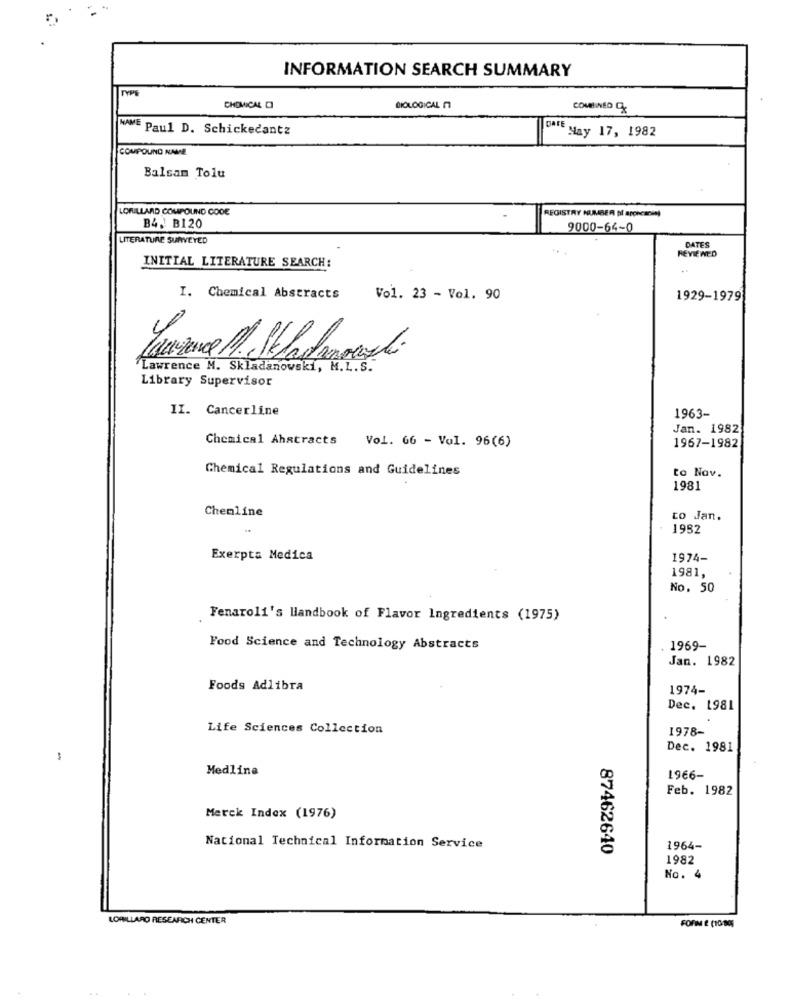
INFORMATION SEARCH SUMMARY
TYPE
CHOMICAL D
BIOLOGICAL 17
COMBINED
NAME Paul D. Schickecantz
DATE May 17, 1982
COMPOUND NAME
Balsam Tolu
LORILLARD COMPOUND CODE
REGISTRY NUMBER DI appicanin)
B4. B120
9000-64-0
LITERATURE SURVEYED
DATES
REVIEWED
INITIAL LITERATURE SEARCH:
I. Chemical Abstracts
Vol. 23 - Vol. 90
1929-1979
4
Lawrence M. Skladanowski, M.L.S.
Library Supervisor
II. Cancerline
1963-
Jan. 1982
Chemical Abstracts Vol. 66 - Vol. 96(6)
1967-1982
Chemical Regulations and Guidelines
to Nav.
1981
Chemline
to Jan.
1982
Exerpta Medica
1974-
1981,
No. 50
Fenaroli's Handbook of Flavor Ingredients (1975)
Food Science and Technology Abstracts
1969-
Jan. 1982
Foods Adlibra
1974-
Dec. 1981
Life Sciences Collection
1978-
Dec. 1981
-
Medline
1966-
Feb. 1982
Merck Index (1976)
National Technical Information Service
87462640
1964-
1982
No. 4
LORILLARD RESEARCH CENTER
FORM E (1000]